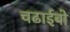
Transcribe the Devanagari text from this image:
चढाईबो